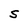
Character: S